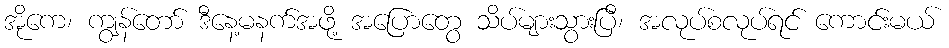
အိုကေ၊ ကျွန်တော် ဒီနေ့မနက်အဖို့ အပြောတွေ သိပ်များသွားပြီ၊ အလုပ်စလုပ်ရင် ကောင်းမယ်